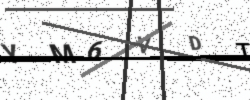
Text: YM6VDT